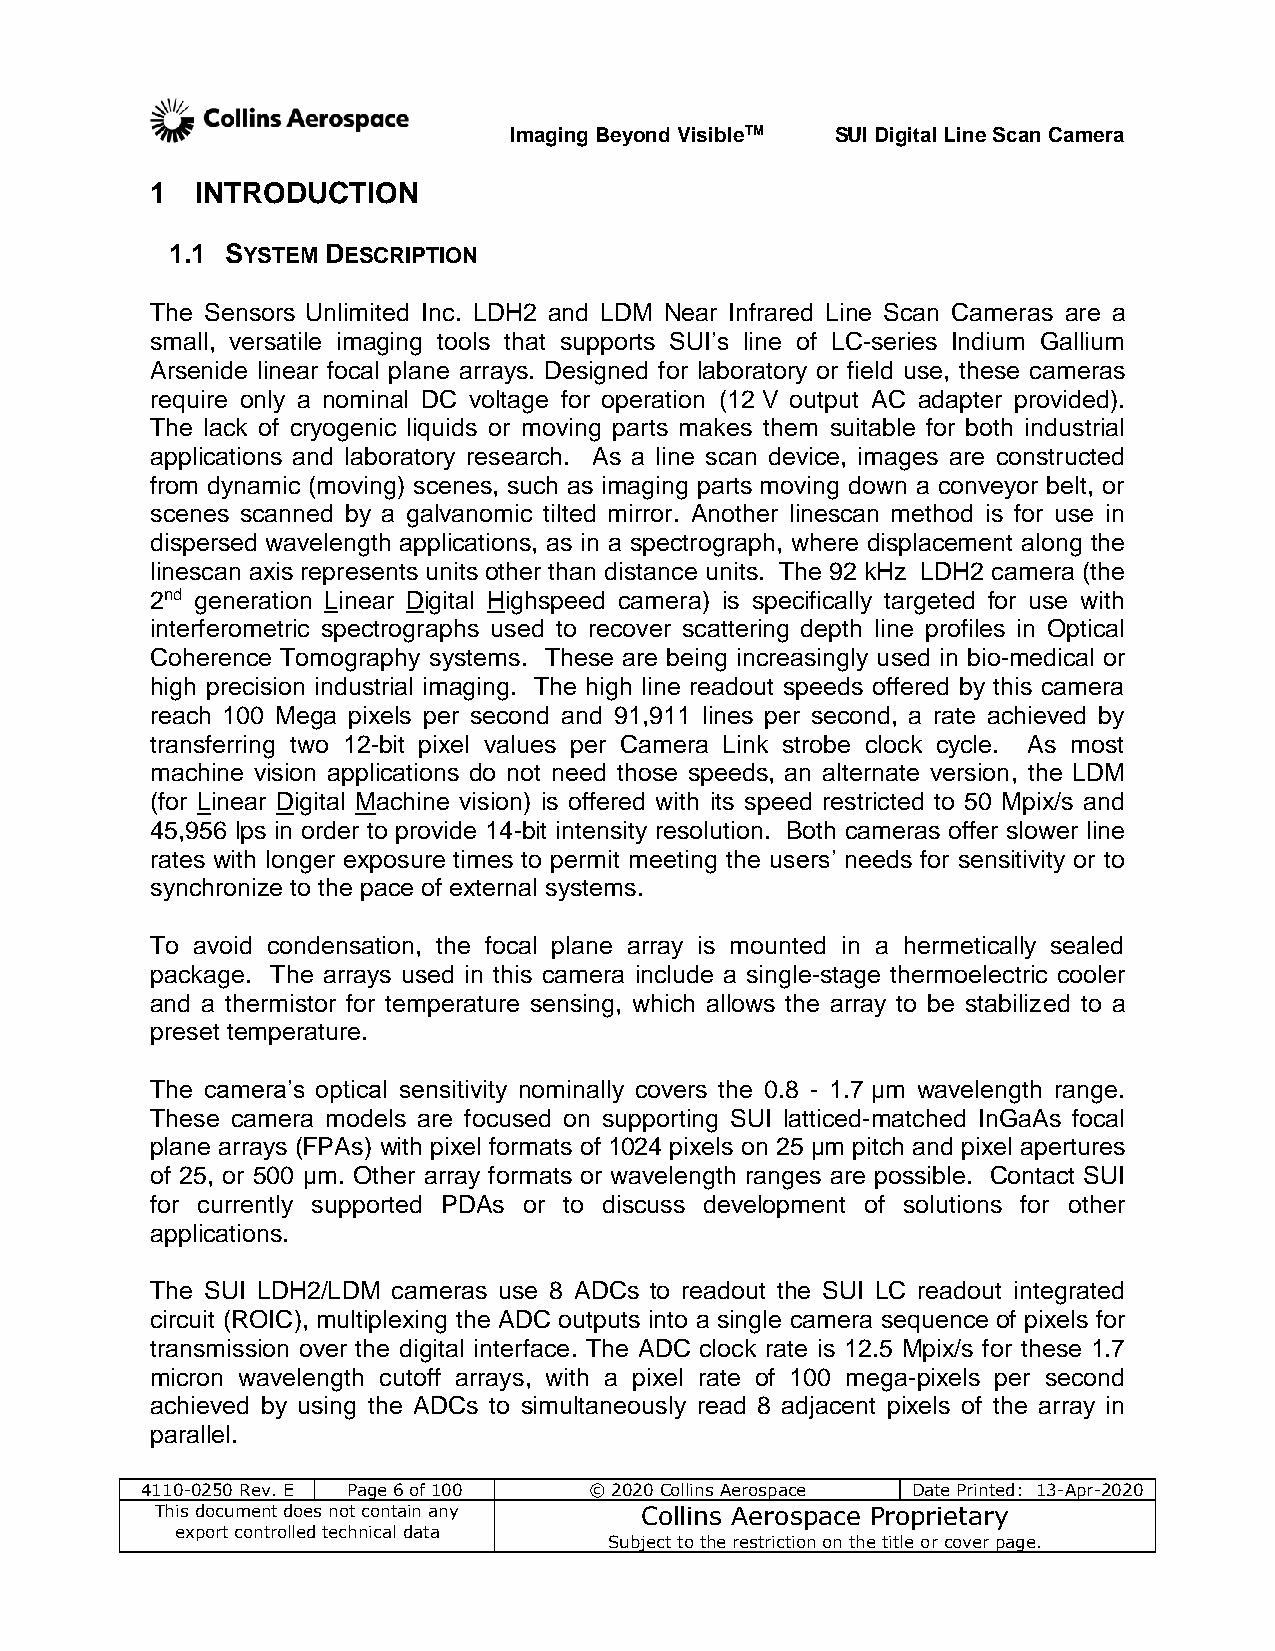
Imaging Beyond VisibleTM SUI Digital Line Scan Camera
 1  INTRODUCTION
 1.1 SYSTEM DESCRIPTION
 The Sensors Unlimited Inc. LDH2 and LDM Near Infrared Line Scan Cameras are a
 small, versatile imaging tools that supports SUI’s line of LC-series Indium Gallium
 Arsenide linear focal plane arrays. Designed for laboratory or field use, these cameras
 require only a nominal DC voltage for operation (12 V output AC adapter provided).
 The lack of cryogenic liquids or moving parts makes them suitable for both industrial
 applications and laboratory research. As a line scan device, images are constructed
 from dynamic (moving) scenes, such as imaging parts moving down a conveyor belt, or
 scenes scanned by a galvanomic tilted mirror. Another linescan method is for use in
 dispersed wavelength applications, as in a spectrograph, where displacement along the
 linescan axis represents units other than distance units. The 92 kHz LDH2 camera (the
 2nd generation Linear Digital Highspeed camera) is specifically targeted for use with
 interferometric spectrographs used to recover scattering depth line profiles in Optical
 Coherence Tomography systems. These are being increasingly used in bio-medical or
 high precision industrial imaging. The high line readout speeds offered by this camera
 reach 100 Mega pixels per second and 91,911 lines per second, a rate achieved by
 transferring two 12-bit pixel values per Camera Link strobe clock cycle. As most
 machine vision applications do not need those speeds, an alternate version, the LDM
 (for Linear Digital Machine vision) is offered with its speed restricted to 50 Mpix/s and
 45,956 lps in order to provide 14-bit intensity resolution. Both cameras offer slower line
 rates with longer exposure times to permit meeting the users’ needs for sensitivity or to
 synchronize to the pace of external systems.
 To avoid condensation, the focal plane array is mounted in a hermetically sealed
 package. The arrays used in this camera include a single-stage thermoelectric cooler
 and a thermistor for temperature sensing, which allows the array to be stabilized to a
 preset temperature.
 The camera’s optical sensitivity nominally covers the 0.8 - 1.7 µm wavelength range.
 These camera models are focused on supporting SUI latticed-matched InGaAs focal
 plane arrays (FPAs) with pixel formats of 1024 pixels on 25 µm pitch and pixel apertures
 of 25, or 500 µm. Other array formats or wavelength ranges are possible. Contact SUI
 for currently supported PDAs or to discuss development of solutions for other
 applications.
 The SUI LDH2/LDM cameras use 8 ADCs to readout the SUI LC readout integrated
 circuit (ROIC), multiplexing the ADC outputs into a single camera sequence of pixels for
 transmission over the digital interface. The ADC clock rate is 12.5 Mpix/s for these 1.7
 micron wavelength cutoff arrays, with a pixel rate of 100 mega-pixels per second
 achieved by using the ADCs to simultaneously read 8 adjacent pixels of the array in
 parallel.
 4110-0250 Rev. E Page 6 of 100 © 2020 Collins Aerospace Date Printed: 13-Apr-2020
 This document does not contain any Collins Aerospace Proprietary
 export controlled technical data
 Subject to the restriction on the title or cover page.